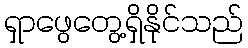
ရှာဖွေတွေ့ရှိနိုင်သည်